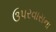
ઉપરવાસના